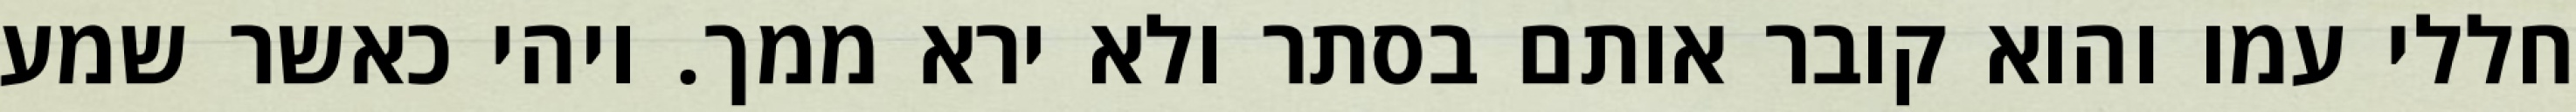
חללי עמו והוא קובר אותם בסתר ולא ירא ממך. ויהי כאשר שמע